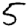
Digit: 5